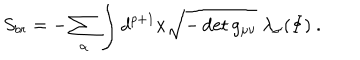
LaTeX: S _ { b r } = - \sum _ { \alpha } \int d ^ { p + 1 } x \sqrt { - \det g _ { \mu \nu } } \; \lambda _ { \alpha } ( \Phi ) ~ .